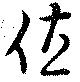
値